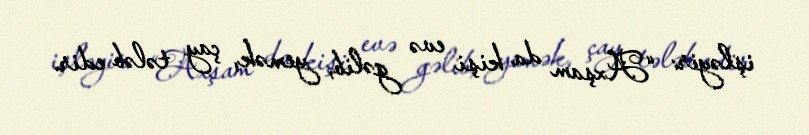
işləyir: “Axşam da kişi evə gəlib, yemək, çay tələb edir.